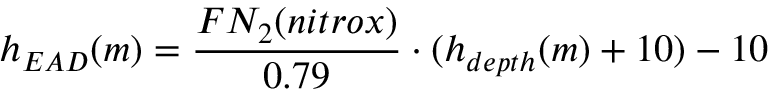
h _ { E A D } ( m ) = { \frac { F N _ { 2 } ( n i t r o x ) } { 0 . 7 9 } } \cdot ( h _ { d e p t h } ( m ) + 1 0 ) - 1 0